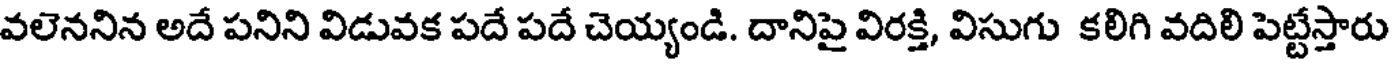
వలెననిన అదే పనిని విడువక పదే పదే చెయ్యండి. దానిపై విరక్తి, విసుగు కలిగి వదిలి పెట్టేస్తారు